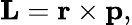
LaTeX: \mathbf{L}=\mathbf{r}\times\mathbf{p},